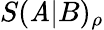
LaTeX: S(\mathit{A}|B)_{\rho}